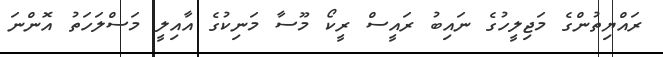
ރައްޔިތުންގެ މަޖިލީހުގެ ނައިބު ރައީސް ރީކޯ މޫސާ މަނިކުގެ އާއިލީ މަސްލަހަތު އޮންނަ